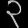
Digit: ၃